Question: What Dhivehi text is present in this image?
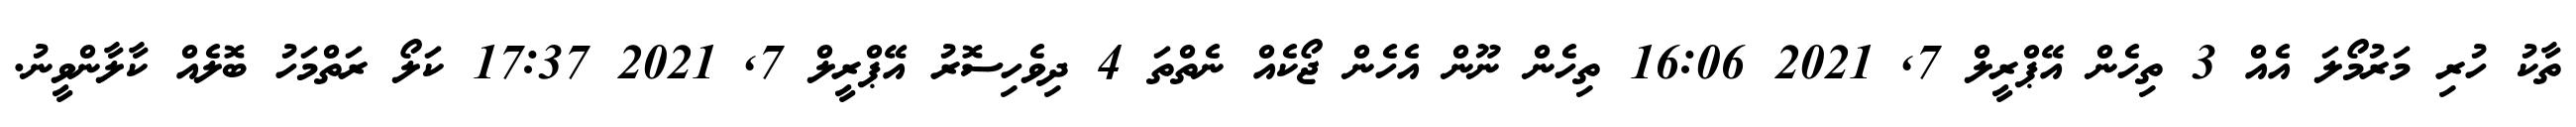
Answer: ތާކު ހުރި މަރުމޯލަ އެއް 3 ތިހެން އޭޕްރީލް 7, 2021 16:06 ތިހެން ނޫން އެހެން ޖޯކެއް ނެތްތަ 4 ދިވެހިސޮރު އޭޕްރީލް 7, 2021 17:37 ކަލޯ ރަތްމަހު ބޮލެއް ކާލާންވީނު.